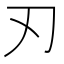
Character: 刃